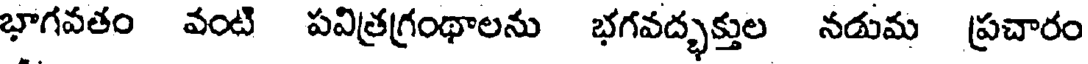
భాగవతం వంటి పవిత్రగ్రంథాలను భగవద్భక్తుల నడుమ ప్రచారం